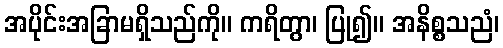
အပိုင်းအခြာမရှိသည်ကို။ ကရိတွာ၊ ပြု၍။ အနိစ္စသညံ၊